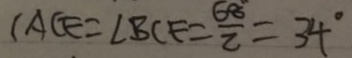
\angle A C E = \angle B C F = \frac { 6 8 ^ { \circ } } { 2 } = 3 4 ^ { \circ }